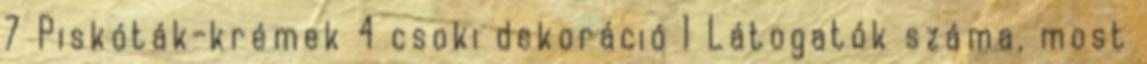
7 Piskóták-krémek 4 csoki dekoráció 1 Látogatók száma, most